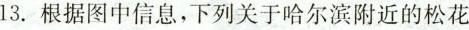
13.根据图中信息，下列关于哈尔滨附近的松花